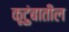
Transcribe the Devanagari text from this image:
कूटुंबातील